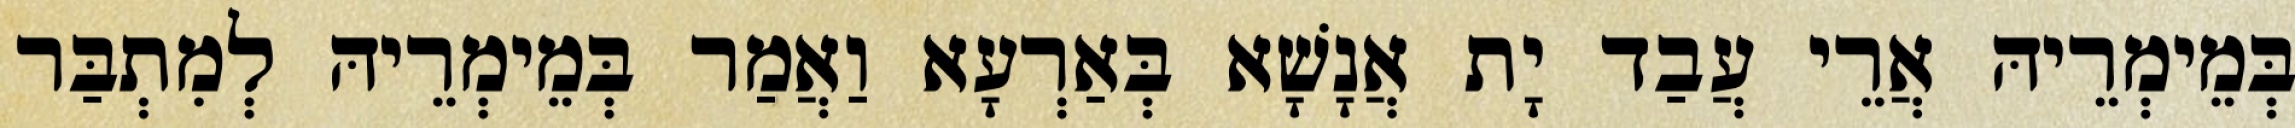
בְּמֵימְרֵיהּ אֲרֵי עֲבַד יָת אֲנָשָׁא בְּאַרְעָא וַאֲמַר בְּמֵימְרֵיהּ לְמִתְבַּר